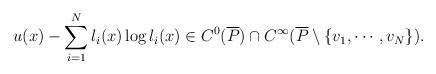
LaTeX: \begin{align*}u(x)-\sum_{i=1}^N l_i(x)\log l_i(x)\in C^0(\overline{P})\cap C^\infty(\overline{P}\setminus \{v_1,\cdots,v_N\}).\end{align*}